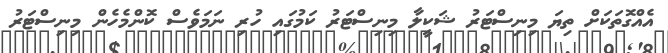
އެއްގޮތަކަށް ތިޔަ މިނިސްޓަރު ޝަކީލާ މިނިސްޓަރު ކަމުގައި ހުރި ނަމަވެސް ކޮންމެހެން މިނިސްޓަރު